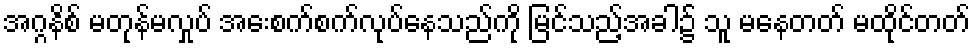
အဂ္ဂနိစ် မတုန်မလှုပ် အေးစက်စက်လုပ်နေသည်ကို မြင်သည့်အခါ၌ သူ မနေတတ် မထိုင်တတ်